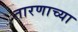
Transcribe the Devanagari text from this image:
तारणाच्या